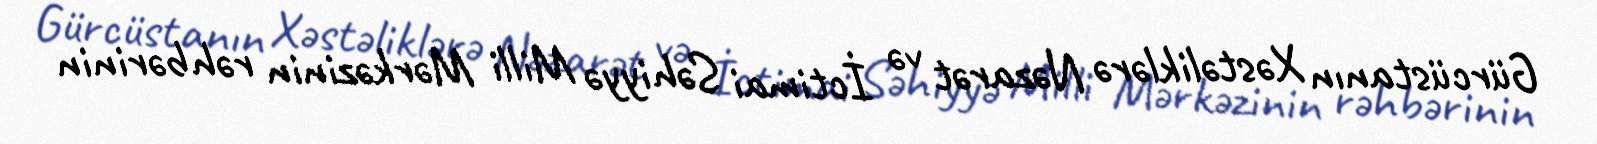
Gürcüstanın Xəstəliklərə Nəzarət və İctimai Səhiyyə Milli Mərkəzinin rəhbərinin